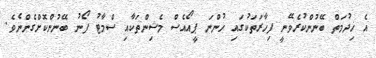
އެ ޚިދުމަތް ބޭނުންކުރެވޭނީ ފިހާރަތަކުގައި ހުންނަ ޕީއޯއެސް މެޝިންތަކާއި ސްމާޓު ފޯނު ބޭނުންކޮށްގެންނެވެ.